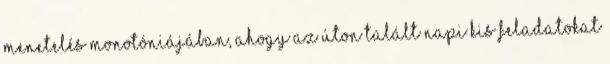
menetelés monotóniájában, ahogy az úton talált napi kis feladatokat